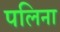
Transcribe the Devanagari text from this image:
पलिना